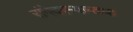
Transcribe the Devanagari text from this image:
रांगेदरम्यानच्या